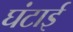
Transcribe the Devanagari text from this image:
घंटाई